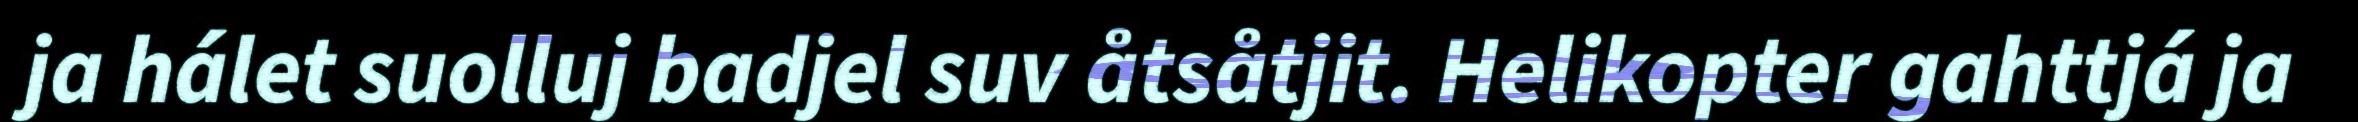
ja hálet suolluj badjel suv åtsåtjit. Helikopter gahttjá ja